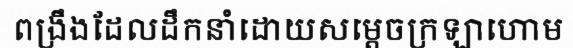
ពង្រឹងដែលដឹកនាំដោយសម្តេចក្រឡាហោម